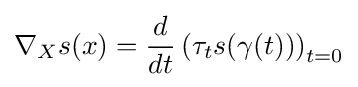
\nabla _{X}s(x)={\frac {d}{dt}}\left(\tau _{t}s(\gamma (t))\right)_{t=0}